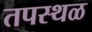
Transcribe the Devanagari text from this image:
तपस्थळ